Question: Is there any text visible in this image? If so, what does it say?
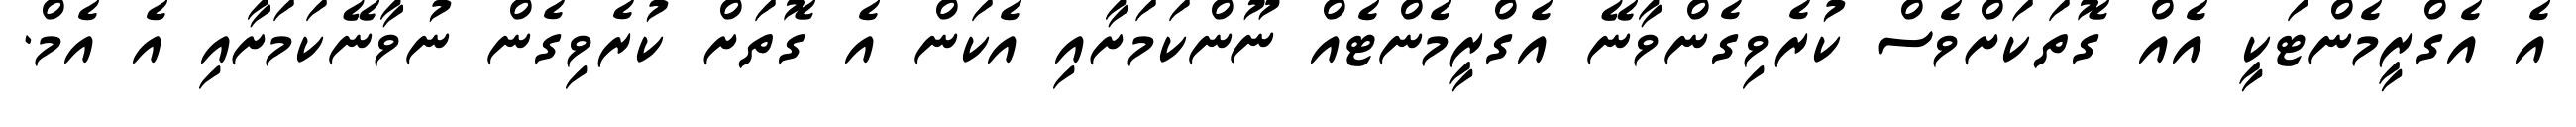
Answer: އެ އެގްރީމެންޓަކީ އެއް ގޮތަކަށްވެސް ކުރެވިގެންވާނޭ އެގްރީމެންޓެއް ނޫންކަމަށާއި އެކަން އެ ގޮތަށް ކުރެވިގެން ނުވާނޭކަމަށާއި އެ އެމް.